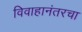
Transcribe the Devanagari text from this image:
विवाहानंतरचा